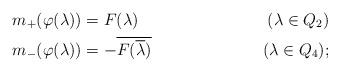
LaTeX: \begin{align*}m_+(\varphi(\lambda))&=F(\lambda)&(\lambda\in Q_2)\\m_-(\varphi(\lambda))& = -\overline{F(\overline{\lambda})} & (\lambda\in Q_4) ;\end{align*}